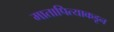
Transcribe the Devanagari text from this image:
मातापित्याकडून